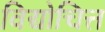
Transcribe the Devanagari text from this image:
विद्योचित्त